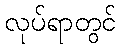
လုပ်ရာတွင်